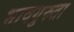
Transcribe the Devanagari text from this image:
भावगुरुता